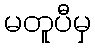
မတူပီမှ